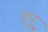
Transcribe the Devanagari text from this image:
हूपू